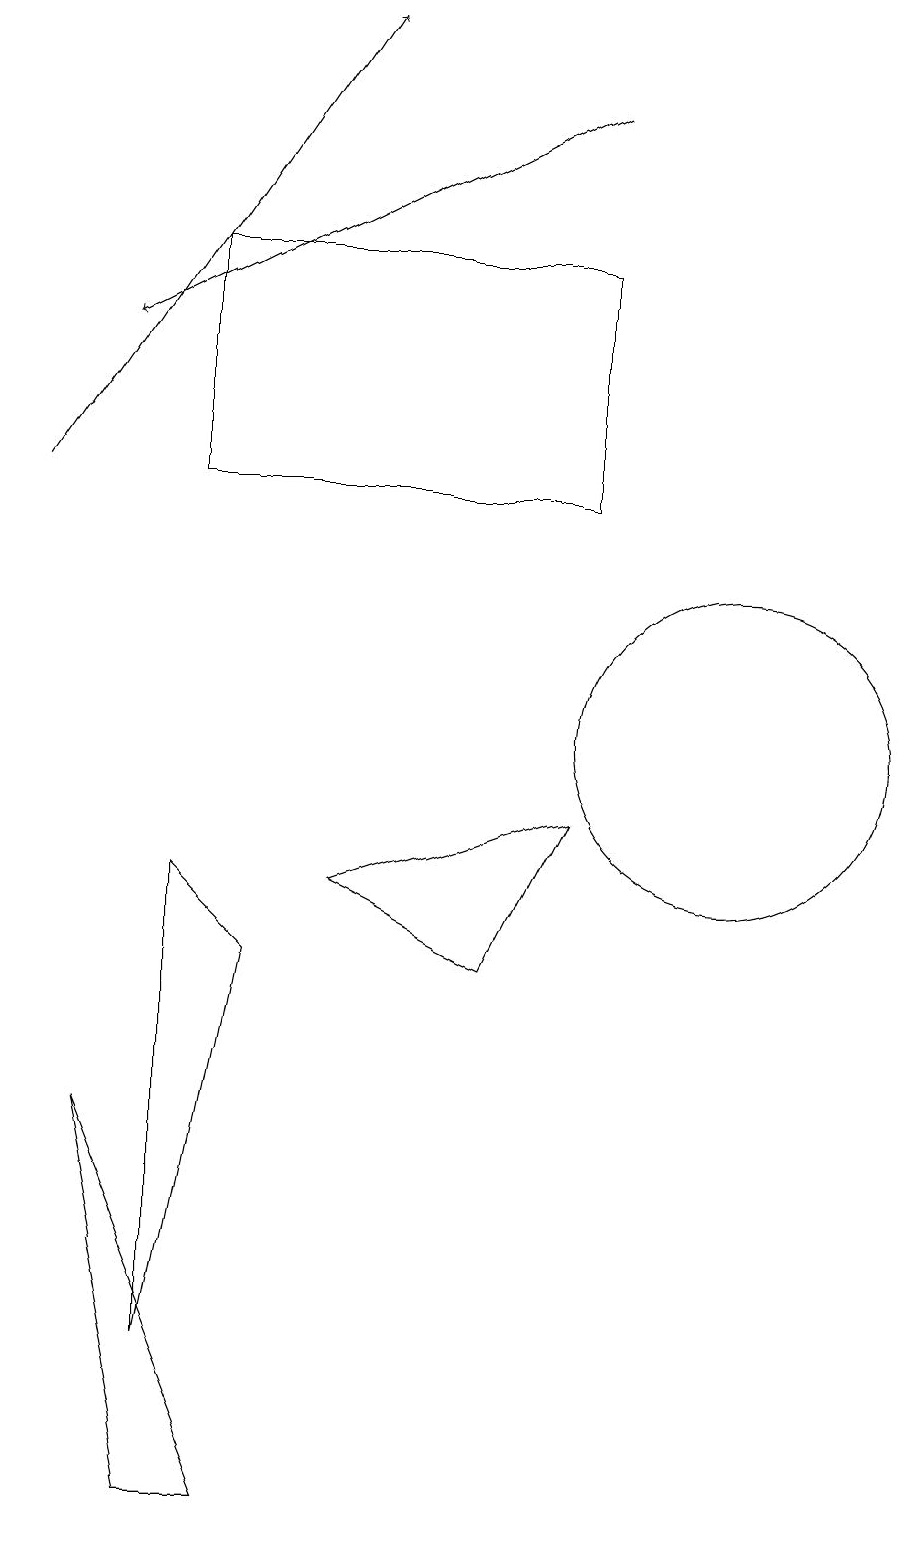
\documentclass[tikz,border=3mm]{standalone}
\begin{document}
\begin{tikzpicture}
\draw (4,7) -- (3,2) -- (3,8) -- cycle;
\draw[->] (8,18) -- (2,15);
\draw (10,10) circle (2);
\draw (8,9) -- (5,8) -- (7,7) -- cycle;
\draw[->] (1,13) -- (5,19);
\draw (2,5) -- (3,0) -- (4,0) -- cycle;
\draw (12,10) circle (0);
\draw (3,16) rectangle (8,13);
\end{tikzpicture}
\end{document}